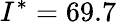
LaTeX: I^{*}=69.7